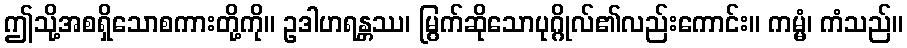
ဤသို့အစရှိသောစကားတို့ကို။ ဥဒါဟရန္တဿ၊ မြွက်ဆိုသောပုဂ္ဂိုလ်၏လည်းကောင်း။ ကမ္မံ၊ ကံသည်။